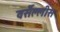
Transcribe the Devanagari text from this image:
वर्सैल्लीस